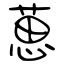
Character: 葸